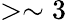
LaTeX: >\sim 3